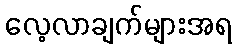
လေ့လာချက်များအရ